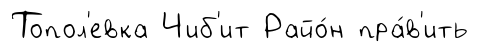
Топол'евка Чиб'ит Райо́н пра́в'ить